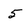
Character: 5